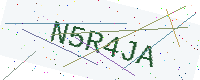
Text: N5R4JA